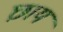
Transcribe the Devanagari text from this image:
छ़ाय